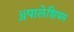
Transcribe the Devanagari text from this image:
ॲपालेशियन